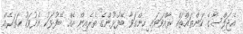
އެޖަލްސާގެ ކަންތައްތައް ރާއްވަވައި ހިންގަވާ ބޭފުޅުންގެ ތެރެއިން އެއް ބޭފުޅަކު އެދުވަހު ހަތަރެއް